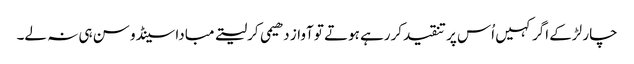
چار لڑکے اگر کہیں اُس پر تنقیدکررہے ہوتے تو آواز دھیمی کرلیتے مبادا سینڈو سن ہی نہ لے۔